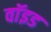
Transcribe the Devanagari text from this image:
वाॅइड